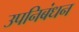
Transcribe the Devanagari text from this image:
उपनिबंधन